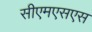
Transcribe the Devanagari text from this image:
सीएमएसएस